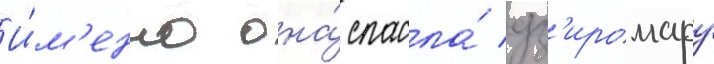
И́м'енно она́ спасла́ дз'иромару